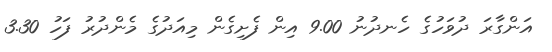
އަންގާރަ ދުވަހުގެ ހެނދުނު 9.00 އިން ފެށިގެން މިއަދުގެ މެންދުރު ފަހު 3.30